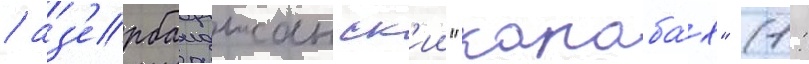
/ аз'ербаиджанск'ии "караба́х" (1: